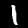
Label: 1